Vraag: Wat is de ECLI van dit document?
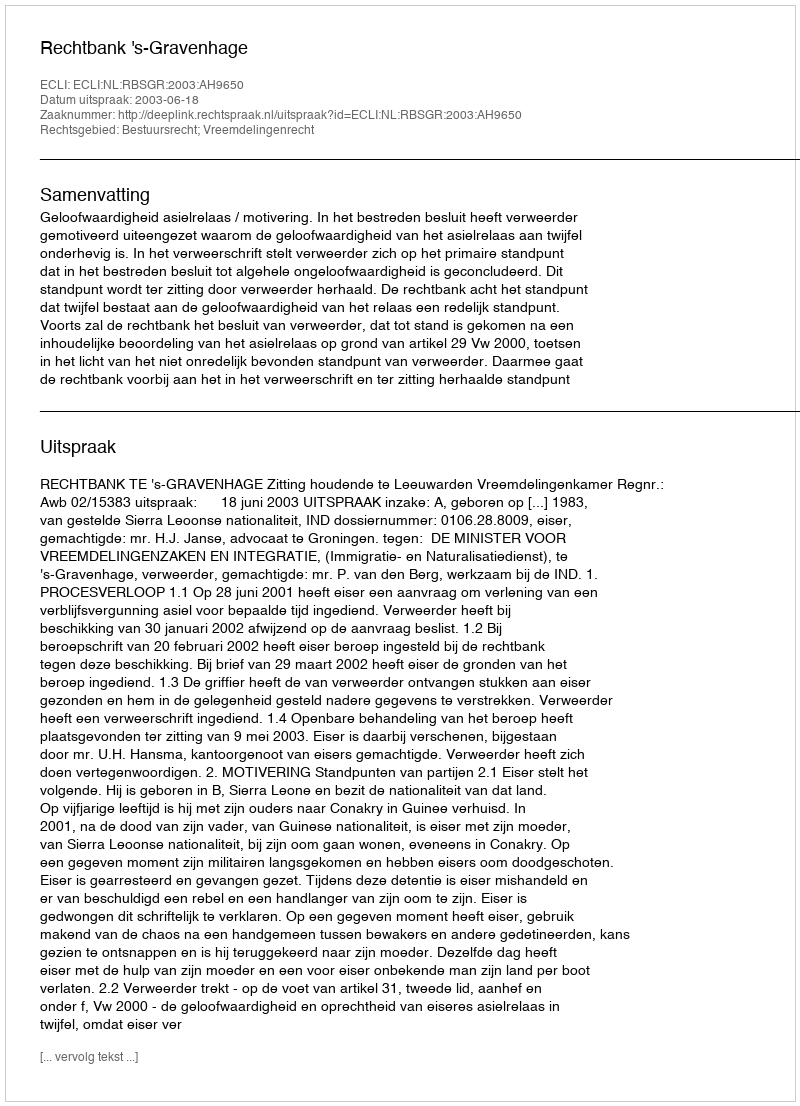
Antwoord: ECLI:NL:RBSGR:2003:AH9650